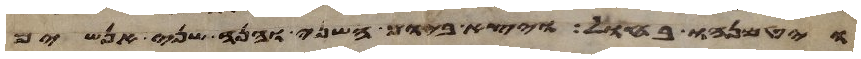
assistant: ויטמנהו בחול ויצא ביום השני והנה שני אנשים